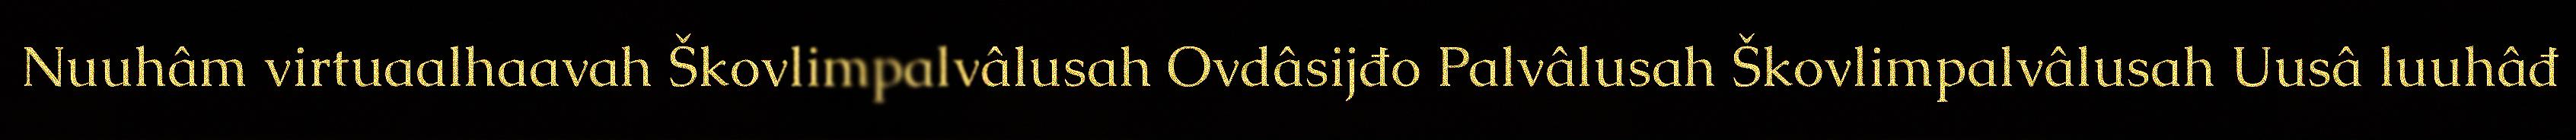
Nuuhâm virtuaalhaavah Škovlimpalvâlusah Ovdâsijđo Palvâlusah Škovlimpalvâlusah Uusâ luuhâđ